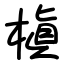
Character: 槇